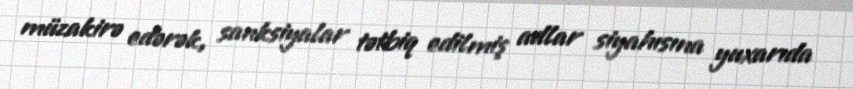
müzakirə edərək, sanksiyalar tətbiq edilmiş adlar siyahısına yuxarıda